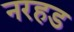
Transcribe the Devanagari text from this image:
नरहड